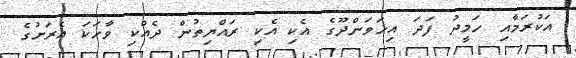
އަކުރަމާއި ހަމީދު ފަދަ އިހަވަންދޫގެ އެކި އެކި ރައްޔިތުން ދެއްކި ވާހަކަ އެރަށުގެ